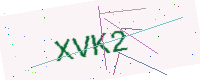
Text: XVK2